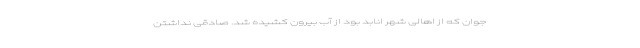
جوان که از اهالی شهر انابد بود از آب بیرون کشیده شد. صادقی نداشتن